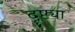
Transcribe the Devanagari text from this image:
दॄष्ट्या